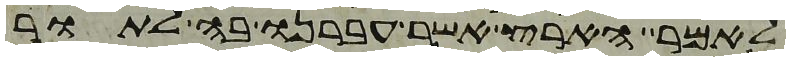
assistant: לאמר הארץ אשר עברנו בה לתור